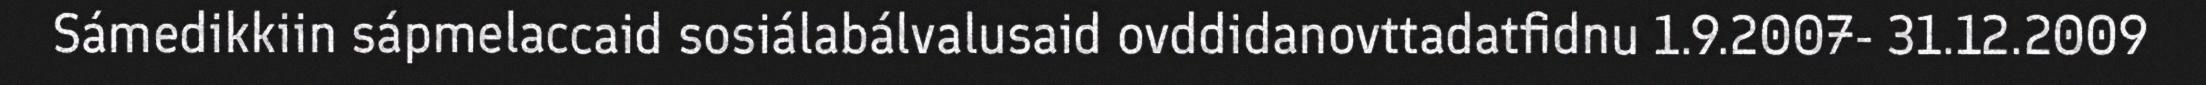
Sámedikkiin sápmelaccaid sosiálabálvalusaid ovddidanovttadatfidnu 1.9.2007- 31.12.2009